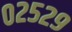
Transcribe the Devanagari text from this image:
०२५२९